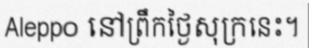
Aleppo នៅព្រឹកថ្ងៃសុក្រនេះ។